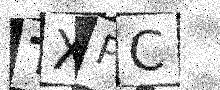
Text: TXPC